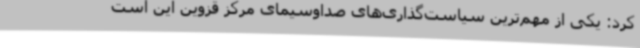
کرد: یکی از مهم‌ترین سیاست‌گذاری‌های صداوسیمای مرکز قزوین این است